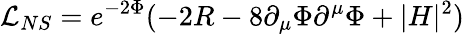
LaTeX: \mathcal{L}_{NS}=e^{-2\Phi}(-2R-8\partial_{\mu}\Phi\partial^{\mu}\Phi+|H|^{2})